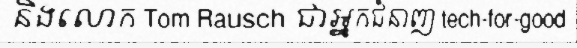
និងលោក Tom Rausch ជាអ្នកជំនាញ tech-for-good